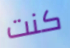
كنت